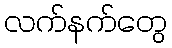
လက်နက်တွေ